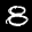
Label: 8